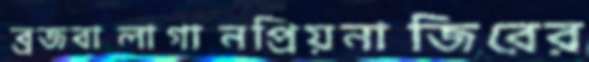
ব্রজবালাগানপ্রিয়নাজিরের